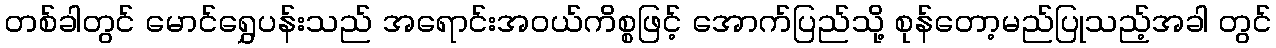
တစ်ခါတွင် မောင်ရွှေပန်းသည် အရောင်းအဝယ်ကိစ္စဖြင့် အောက်ပြည်သို့ စုန်တော့မည်ပြုသည့်အခါ တွင်